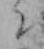
ニ